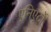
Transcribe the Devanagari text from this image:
एनिएर्टो